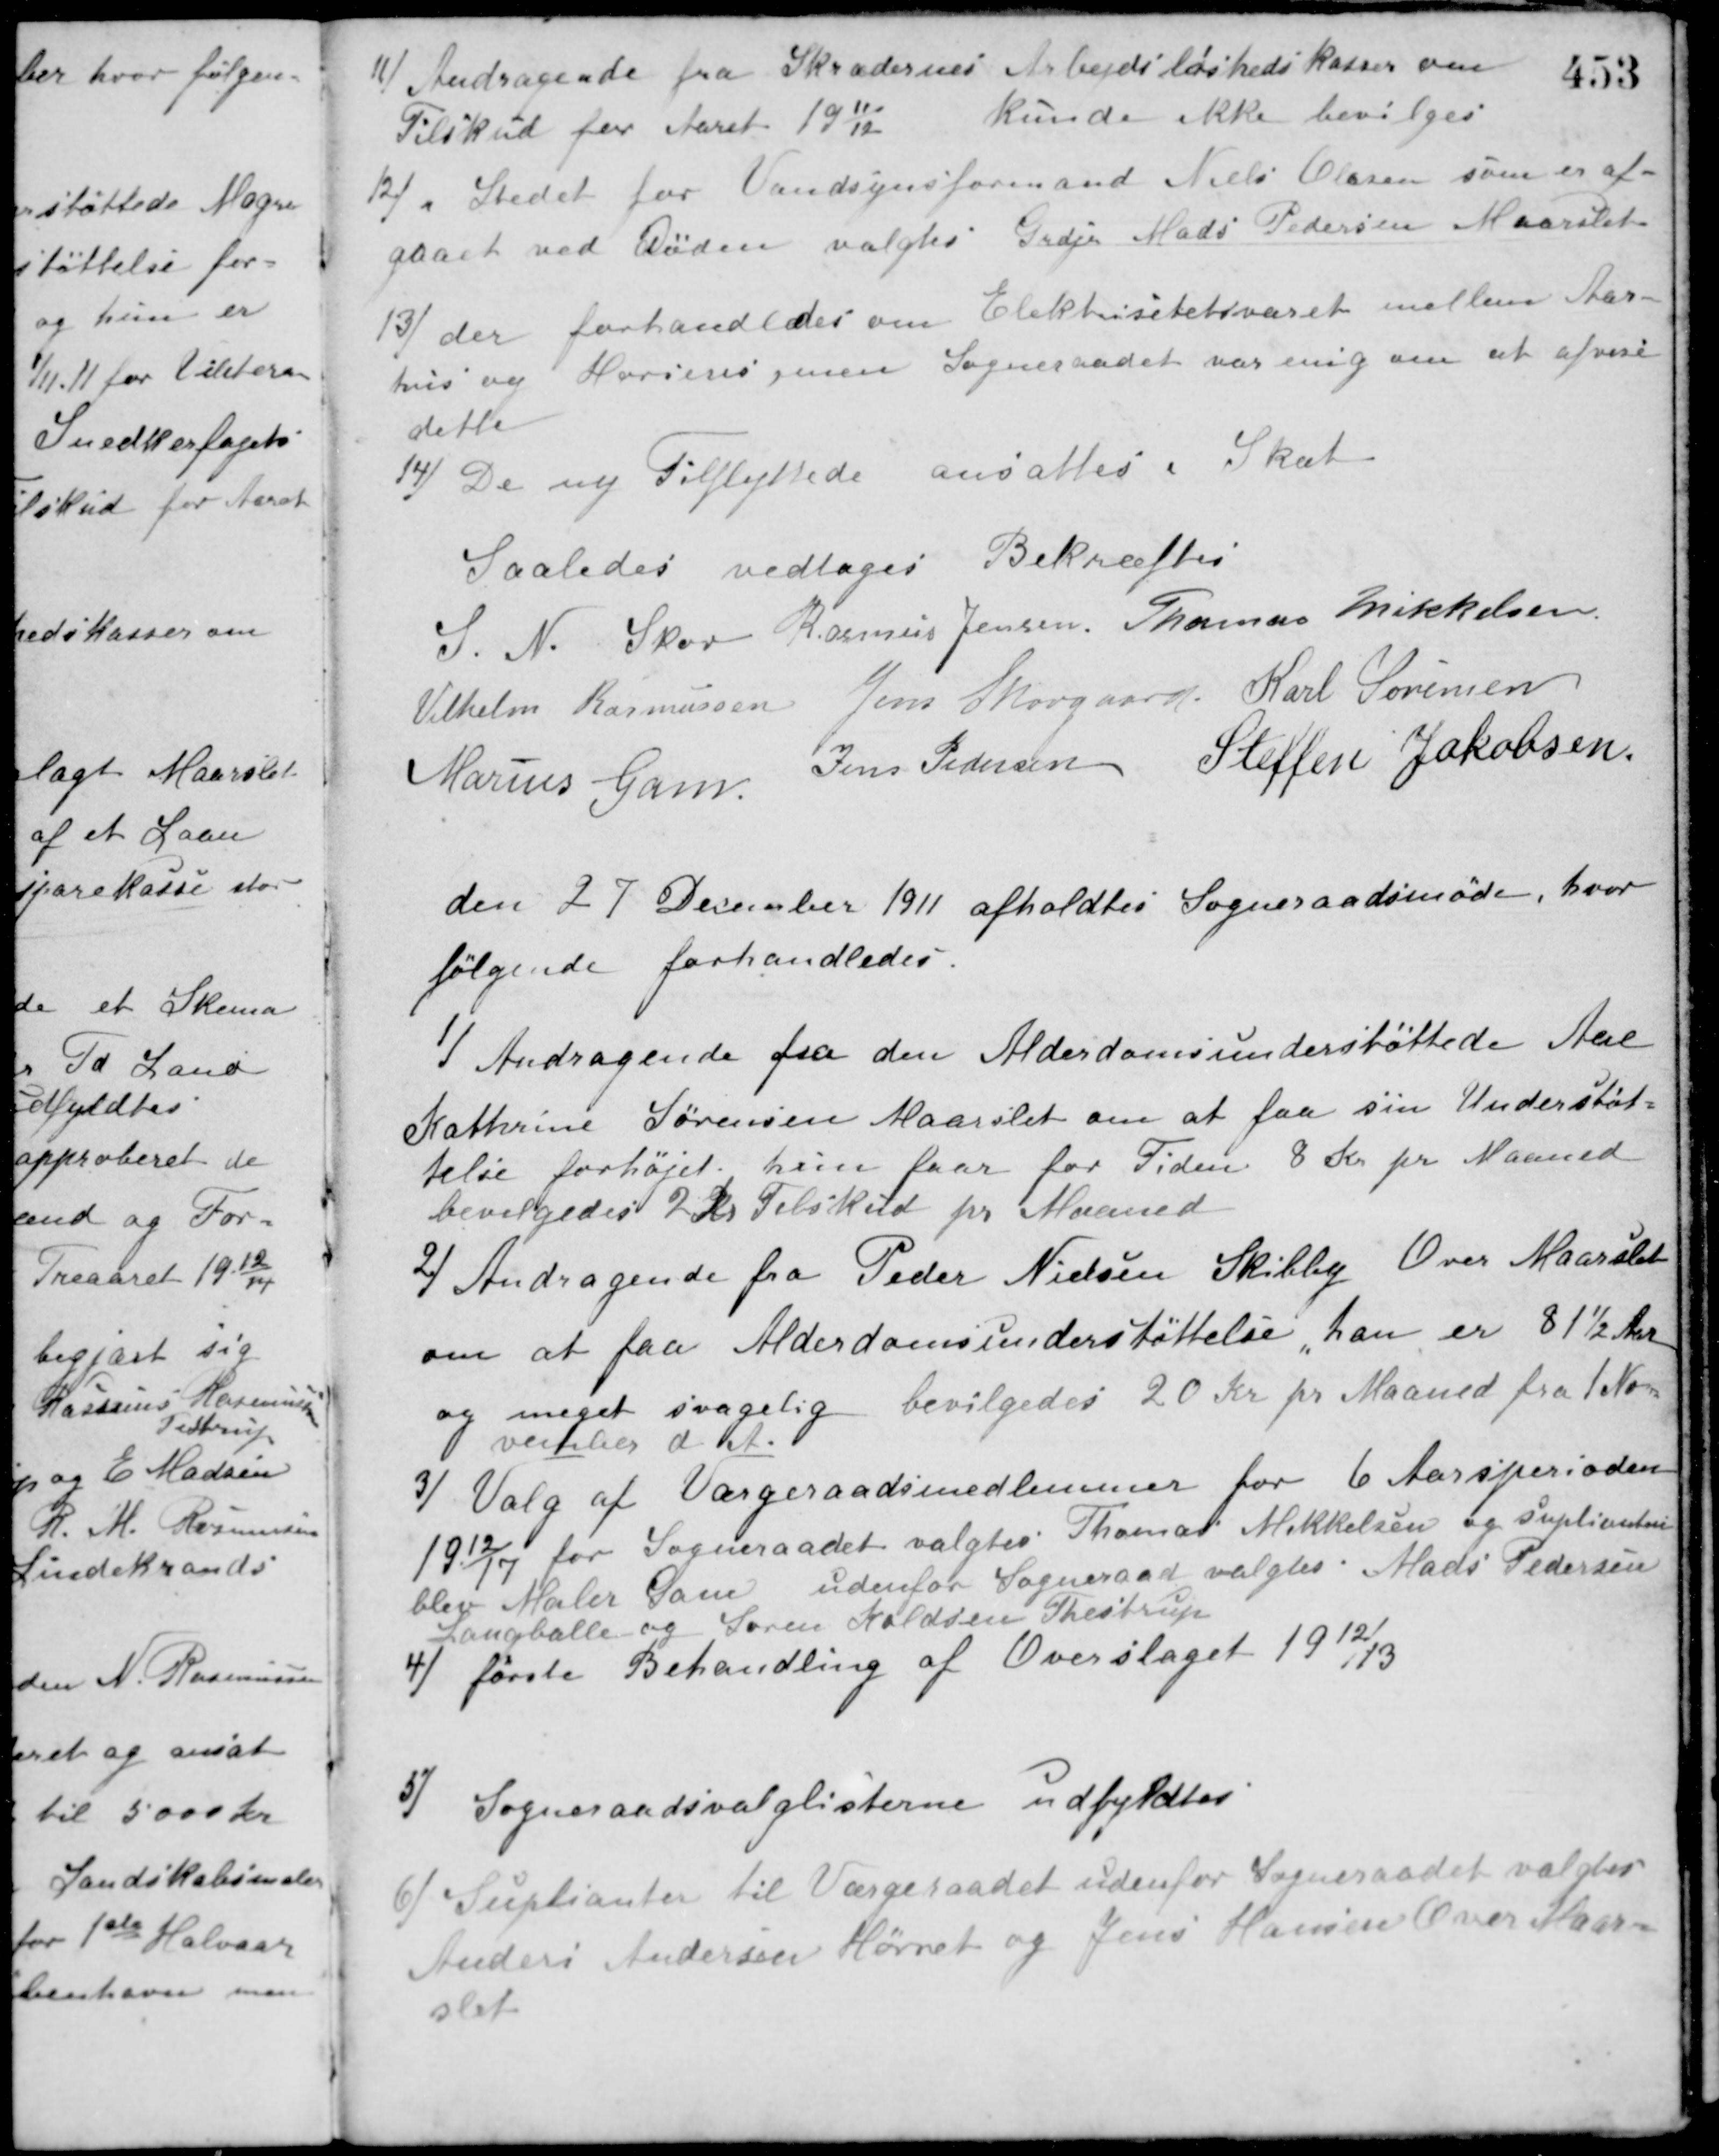
Transskription:
11/ Andragende fra Skrædernes Arbejdsløshedskasser om
Tilskud for Aaret 1911/12.
kunde ikke bevilges.
12/ i Stedet for Vandsynsformand Niels Olesen som er af-
gaaet ved Døden valgtes Grdjr. Mads Pedersen Maarslet.
13/ der forhandledes om Elektrisitetsværek mellem Aar-
hus og Horsens, men Sogneraadet var enig om at afvise
dette.
14/ De ny Tilflyttede ansattes i Skat.
Saaledes vedtaget Bekræftes
S. N. Skov Rasmus Jensen Thomas Mikkelsen
Vilhelm Rasmussen Jens Skovgaard Karl Sørensen
Marius Gam Jens Pedersen Steffen Jakobsen
den 27 December 1911 afholdtes Sogneraadsmøde, hvor
følgende forhandledes.
1/ Andragende fra den Alderdomsunderstøttede Ane
Kathrine Sørensen Maarslet om at faa sin Understøt-
telse forhøjet. hun faar for Tiden 8 Kr. pr. Maaned.
bevilgedes 2 Kr. Tilskud pr. Maaned.
2/ Andragende fra Peder Nielsen Skibby Over Maarslet
om at faa Alderdomsunderstøttelse, han er 81½ Aar
og meget svagelig bevilgedes 20 Kr. pr. Maaned fra 1 No-
vember d. A.
3/ Valg af Værgeraadsmedlemmer for 6 Aarsperioden
1912/17 for Sogneraadet valgtes Thomas Mikkelsen og suplianten
blev Maler Gam. udenfor Sogneraad valgtes Mads Pedersen
Langballe og Søren Kaldsen Thestrup.
4/ første Behandling af Overslaget 1912/13.
5/ Sogneraadsvalglisterne udfyldtes.
6/ Suplianter til Værgeraadet udenfor Sogneraadet valgtes
Anders Andersen Hørret og Jens Hansen Over Maar-
slet